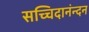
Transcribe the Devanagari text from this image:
सच्चिदानंन्दन